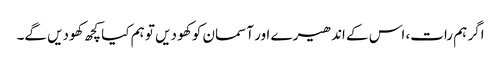
اگر ہم رات، اس کے اندھیرے اور آسمان کو کھو دیں تو ہم کیا کچھ کھودیں گے۔